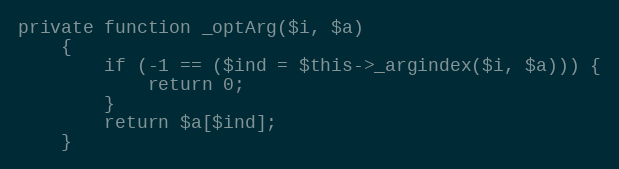
Language: PHP
private function _optArg($i, $a)
    {
        if (-1 == ($ind = $this->_argindex($i, $a))) {
            return 0;
        }
        return $a[$ind];
    }